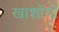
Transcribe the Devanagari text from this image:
खाशोगी